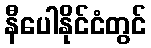
နီပေါနိုင်ငံတွင်